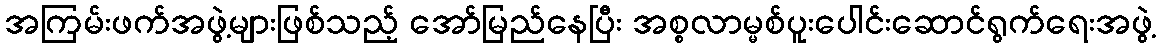
အကြမ်းဖက်အဖွဲ့များဖြစ်သည့် အော်မြည်နေပြီး အစ္စလာမ္မစ်ပူးပေါင်းဆောင်ရွက်ရေးအဖွဲ့